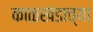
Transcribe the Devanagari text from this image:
काळखंडाच्या